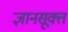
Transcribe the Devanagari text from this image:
ज्ञानसूक्त